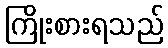
ကြိုးစားရသည်